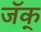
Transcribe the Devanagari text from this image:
जॅक्